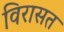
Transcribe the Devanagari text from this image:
विरासत